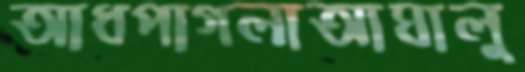
আধপাগলাআঘালু